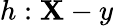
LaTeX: h:\mathbf{X}-y